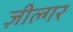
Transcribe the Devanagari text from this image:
ज़ील्‍गर